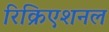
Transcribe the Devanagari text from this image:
रिक्रिएशनल